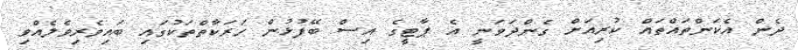
ދެން އެކަންތައްތައް ކުރިއަށް ގެންދަވަނީ އެ ޕާޓީގެ އިސް ބޭފުޅުން ހަރަކާތްތަކުގައި ބައިވެރިވެލެއްވި